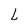
Character: L